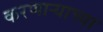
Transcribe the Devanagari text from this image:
करणार्‍याच्या